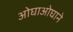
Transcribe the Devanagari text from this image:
ओघाओघाने